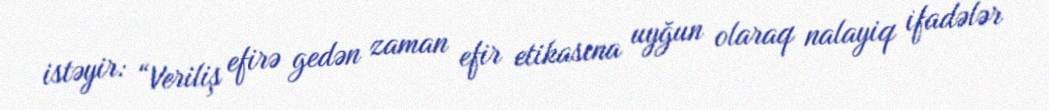
istəyir: “Veriliş efirə gedən zaman efir etikasına uyğun olaraq nalayiq ifadələr